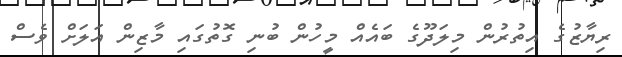
ރިޔާޒުގެ އިތުރުން މިލަދޫގެ ބައެއް މީހުން ބުނި ގޮތުގައި މާޒިން އަލަށް ވެސް